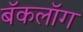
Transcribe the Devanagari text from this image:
बॅकलॉग